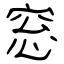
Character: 窓